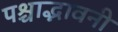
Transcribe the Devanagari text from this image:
पश्चाद्भावनी